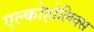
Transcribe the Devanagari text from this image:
एल्कोहोलिक्स